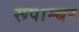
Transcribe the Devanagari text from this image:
रूपाम्बर